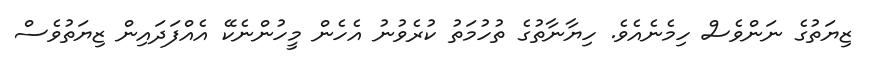
ޒިޔަތުގެ ނަންވެސް ހިމެނެއެވެ. ހިޔާނާތުގެ ތުހުމަތު ކުރެވުނު އެހެން މީހުންނެކޭ އެއްފަދައިން ޒިޔަތުވެސް